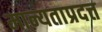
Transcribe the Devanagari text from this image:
मान्यताप्रदत्त